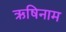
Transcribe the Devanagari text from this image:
ऋषिनाम